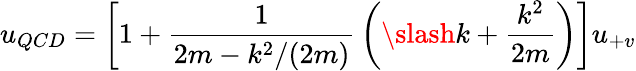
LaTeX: u_{QCD}=\left[1+{\frac{1}{2m-k^{2}/(2m)}}\left(\slash k+{\frac{k^{2}}{2m}}\right)\right]u_{+v}